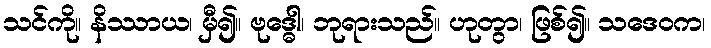
သင်ကို။ နိဿာယ၊ မှီ၍။ ဗုဒ္ဓေါ၊ ဘုရားသည်။ ဟုတွာ၊ ဖြစ်၍။ သဒေဝက၊